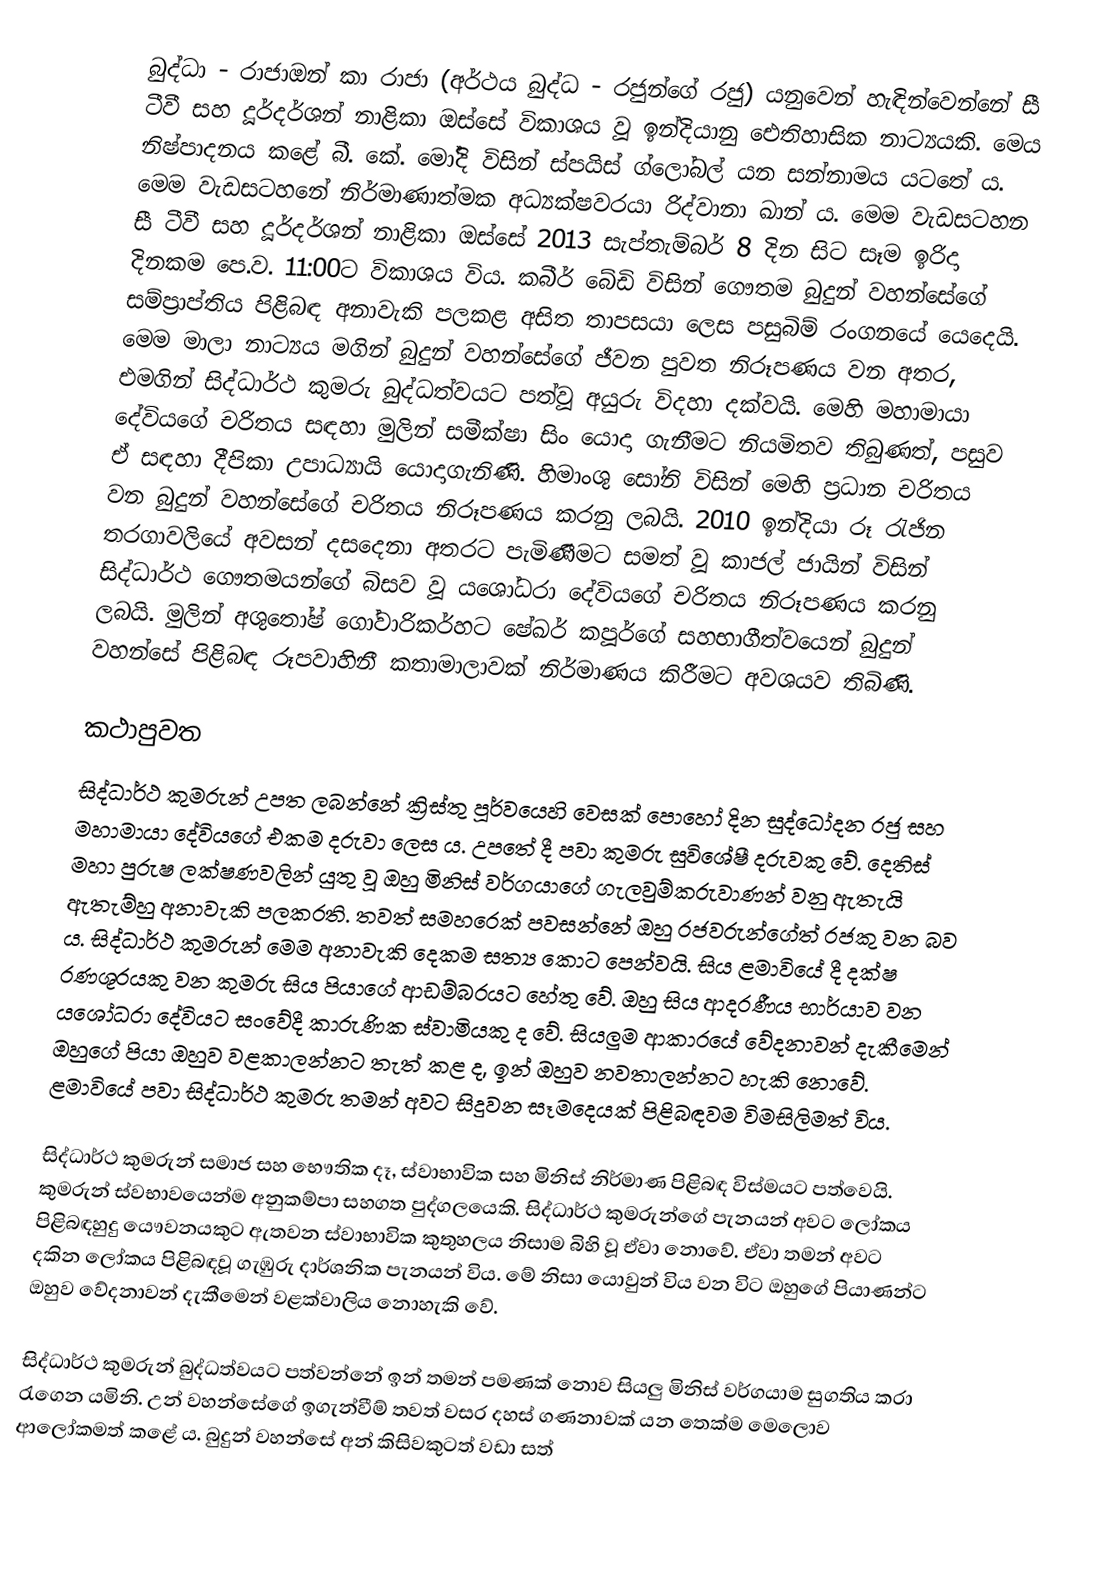
බුද්ධා - රාජාඔන් කා රාජා (අර්ථය බුද්ධ - රජුන්ගේ රජු) යනුවෙන් හැඳින්වෙන්නේ සී ටීවී සහ දූර්දර්ශන් නාළිකා ඔස්සේ විකාශය වූ ඉන්දියානු ඓතිහාසික නාට්‍යයකි. මෙය නිෂ්පාදනය කළේ බී. කේ. මෝදි විසින් ස්පයිස් ග්ලෝබල් යන සන්නාමය යටතේ ය. මෙම වැඩසටහනේ නිර්මාණාත්මක අධ්‍යක්ෂවරයා රිද්වානා ඛාන් ය. මෙම වැඩසටහන සී ටීවී සහ දූර්දර්ශන් නාළිකා ඔස්සේ 2013 සැප්තැම්බර් 8 දින සිට සෑම ඉරිදා දිනකම පෙ.ව. 11:00ට විකාශය විය. කබීර් බේඩි විසින් ගෞතම බුදුන් වහන්සේගේ සම්ප්‍රාප්තිය පිළිබඳ අනාවැකි පලකළ අසිත තාපසයා ලෙස පසුබිම් රංගනයේ යෙදෙයි. මෙම මාලා නාට්‍යය මගින් බුදුන් වහන්සේගේ ජීවන පුවත නිරූපණය වන අතර, එමගින් සිද්ධාර්ථ කුමරු බුද්ධත්වයට පත්වූ අයුරු විදහා දක්වයි. මෙහි මහාමායා දේවියගේ චරිතය සඳහා මුලින් සමීක්ෂා සිං යොදා ගැනීමට නියමිතව තිබුණත්, පසුව ඒ සඳහා දීපිකා උපාධ්‍යායි යොදාගැනිණි. හිමාංශු සෝනි විසින් මෙහි ප්‍රධාන චරිතය වන බුදුන් වහන්සේගේ චරිතය නිරූපණය කරනු ලබයි. 2010 ඉන්දියා රූ රැජින තරගාවලියේ අවසන් දසදෙනා අතරට පැමිණීමට සමත් වූ කාජල් ජායින් විසින් සිද්ධාර්ථ ගෞතමයන්ගේ බිසව වූ යශෝධරා දේවියගේ චරිතය නිරූපණය කරනු ලබයි. මුලින් අශුතෝෂ් ගෝවාරිකර්හට ෂේඛර් කපූර්ගේ සහභාගීත්වයෙන් බුදුන් වහන්සේ පිළිබඳ රූපවාහිනී කතාමාලාවක් නිර්මාණය කිරීමට අවශයව තිබිණි.

කථාපුවත
සිද්ධාර්ථ කුමරුන් උපත ලබන්නේ ක්‍රිස්තු පූර්වයෙහි වෙසක් පොහෝ දින සුද්ධෝදන රජු සහ මහාමායා දේවියගේ එකම දරුවා ලෙස ය. උපතේ දී පවා කුමරු සුවිශේෂී දරුවකු වේ. දෙතිස් මහා පුරුෂ ලක්ෂණවලින් යුතු වූ ඔහු මිනිස් වර්ගයාගේ ගැලවුම්කරුවාණන් වනු ඇතැයි ඇතැම්හු අනාවැකි පලකරති. තවත් සමහරෙක් පවසන්නේ ඔහු රජවරුන්ගේත් රජකු වන බව ය. සිද්ධාර්ථ කුමරුන් මෙම අනාවැකි දෙකම සත්‍ය කොට පෙන්වයි. සිය ළමාවියේ දී දක්ෂ රණශූරයකු වන කුමරු සිය පියාගේ ආඩම්බරයට හේතු වේ. ඔහු සිය ආදරණීය භාර්යාව වන යශෝධරා දේවියට සංවේදී කාරුණික ස්වාමියකු ද වේ. සියලුම ආකාරයේ වේදනාවන් දැකීමෙන් ඔහුගේ පියා ඔහුව වළකාලන්නට තැත් කළ ද, ඉන් ඔහුව නවතාලන්නට හැකි නොවේ. ළමාවියේ පවා සිද්ධාර්ථ කුමරු තමන් අවට සිදුවන සෑමදෙයක් පිළිබඳවම විමසිලිමත් විය.

සිද්ධාර්ථ කුමරුන් සමාජ සහ භෞතික දෑ, ස්වාභාවික සහ මිනිස් නිර්මාණ පිළිබඳ විස්මයට පත්වෙයි. කුමරුන් ස්වභාවයෙන්ම අනුකම්පා සහගත පුද්ගලයෙකි. සිද්ධාර්ථ කුමරුන්ගේ පැනයන් අවට ලෝකය පිළිබඳහුදු යෞවනයකුට ඇතවන ස්වාභාවික කුතුහලය නිසාම බිහි වූ ඒවා නොවේ. ඒවා තමන් අවට දකින ලෝකය පිළිබඳවූ ගැඹුරු දාර්ශනික පැනයන් විය. මේ නිසා යොවුන් විය වන විට ඔහුගේ පියාණන්ට ඔහුව වේදනාවන් දැකීමෙන් වළක්වාලිය නොහැකි වේ.

සිද්ධාර්ථ කුමරුන් බුද්ධත්වයට පත්වන්නේ ඉන් තමන් පමණක් නොව සියලු මිනිස් වර්ගයාම සුගතිය කරා රැගෙන යමිනි. උන් වහන්සේගේ ඉගැන්වීම් තවත් වසර දහස් ගණනාවක් යන තෙක්ම මෙලොව ආලෝකමත් කළේ ය. බුදුන් වහන්සේ අන් කිසිවකුටත් වඩා සත්